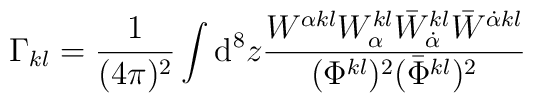
\Gamma_{kl}=\frac{1}{(4\pi)^2}\int {\rm d}^8z\frac{W^{\alpha kl}W^{kl}_\alpha\bar{W}^{kl}_{\dot{\alpha}}\bar{W}^{\dot{\alpha}kl}}{(\Phi^{kl})^2(\bar{\Phi}^{kl})^2}